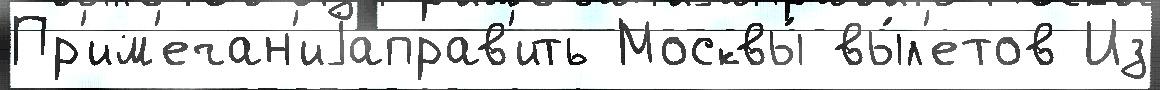
Пр'им'ечан'иjаправ'ить Москвы́ вы́л'етов Из